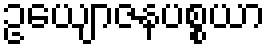
ဥယျောဇနပစ္စယာ